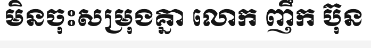
មិនចុះសម្រុងគ្នា លោក ញឹក ប៊ុន